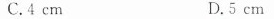
C.4cm D.5cm